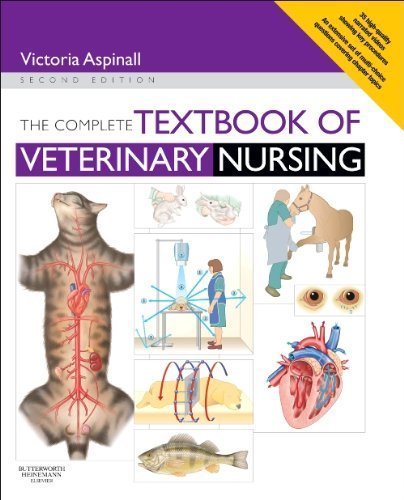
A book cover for The Complete Textbook of Veterinary Nursing, 2e by Aspinall BVSc MRCVS, Victoria (2012) Paperback; Victoria Aspinall BVSc MRCVS; Medical Books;